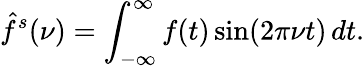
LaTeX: {\hat{f}}^{s}(\nu)=\int_{-\infty}^{\infty}f(t)\sin(2\pi\nu t)\, dt.